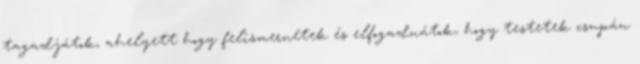
tagadjátok, ahelyett hogy felismernétek és elfogadnátok, hogy testetek csupán